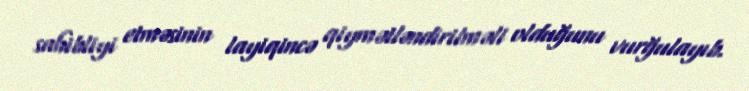
sahibliyi etməsinin layiqincə qiymətləndirilməli olduğunu vurğulayıb.